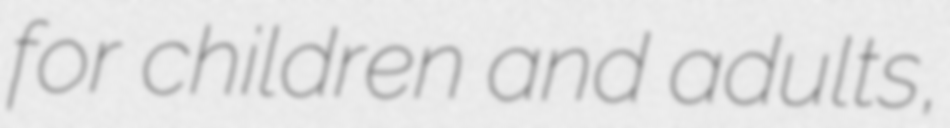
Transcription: for children and adults,